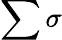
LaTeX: \sum\sigma